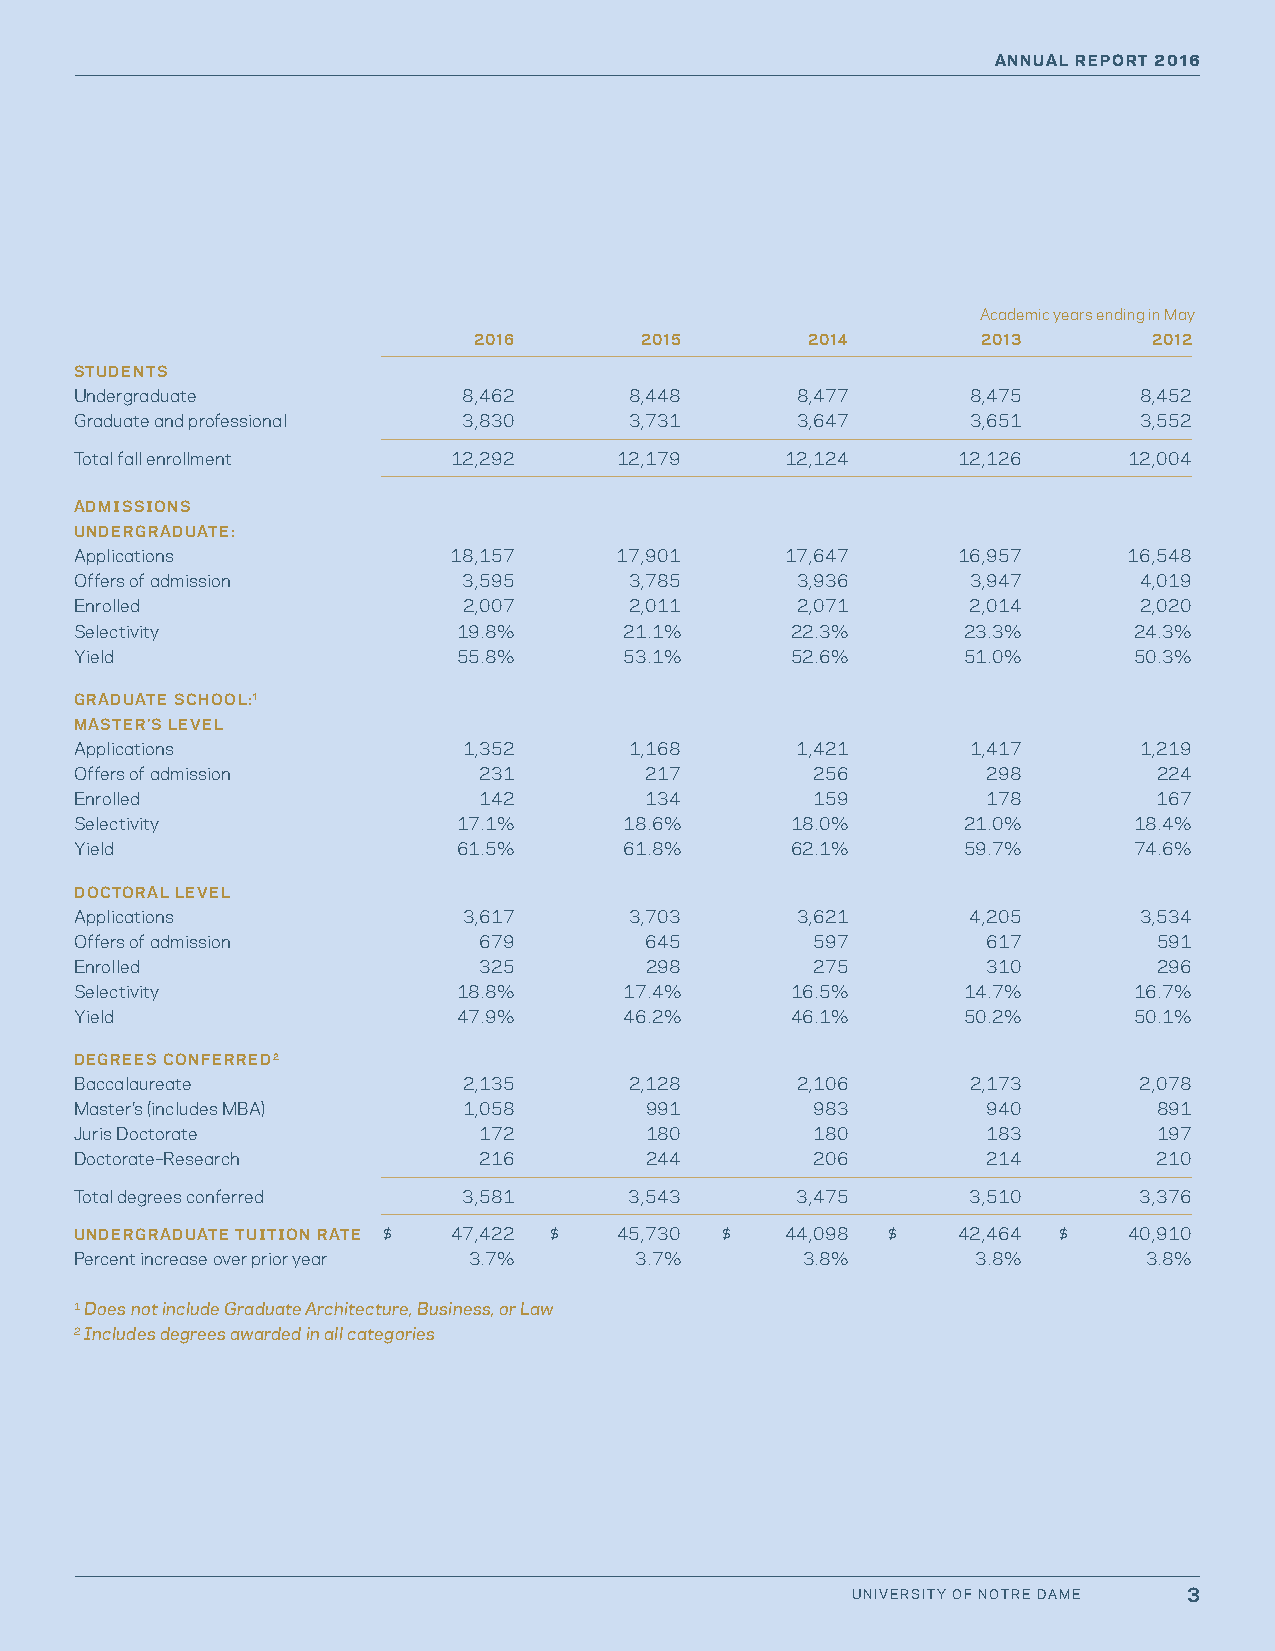
ANNUAL REPORT 2016
 Academic years ending in May
 2016       2015        2014       2013       2012
 STUDENTS
 Undergraduate             8,462      8,448      8,477      8,475      8,452
 Graduate and professional 3,830      3,731      3,647      3,651      3,552
 Total fall enrollment    12,292     12,179     12,124     12,126      12,004
 ADMISSIONS
 UNDERGRADUATE:
 Applications             18,157     17,901     17,647     16,957      16,548
 Offers of admission       3,595      3,785      3,936      3,947      4,019
 Enrolled                  2,007      2,011      2,071      2,014      2,020
 Selectivity              19.8%      21.1%      22.3%       23.3%      24.3%
 Yield                    55.8%      53.1%      52.6%       51.0%      50.3%
 GRADUATE SCHOOL:1
 MASTER’S LEVEL
 Applications              1,352      1,168      1,421      1,417      1,219
 Offers of admission        231        217        256        298         224
 Enrolled                   142        134        159        178         167
 Selectivity              17.1%      18.6%      18.0%       21.0%      18.4%
 Yield                    61.5%      61.8%      62.1%       59.7%      74.6%
 DOCTORAL LEVEL
 Applications              3,617      3,703      3,621      4,205      3,534
 Offers of admission        679        645        597        617         591
 Enrolled                   325        298        275        310         296
 Selectivity              18.8%      17.4%      16.5%       14.7%      16.7%
 Yield                    47.9%      46.2%      46.1%       50.2%      50.1%
 DEGREES CONFERRED2
 Baccalaureate             2,135      2,128      2,106      2,173      2,078
 Master’s (includes MBA)   1,058       991        983        940         891
 Juris Doctorate            172        180        180        183         197
 Doctorate–Research         216        244        206        214         210
 Total degrees conferred   3,581      3,543      3,475      3,510      3,376
 UNDERGRADUATE TUITION RATE $ 47,422 $ 45,730 $ 44,098 $   42,464 $    40,910
 Percent increase over prior year 3.7% 3.7%      3.8%        3.8%       3.8%
 1 Does not include Graduate Architecture, Business, or Law
 2 Includes degrees awarded in all categories
 UNIVERSITY OF NOTRE DAME 3